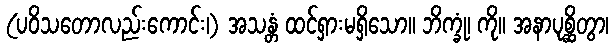
(ပဝိသတောလည်းကောင်း၊) အသန္တံ ထင်ရှားမရှိသော။ ဘိက္ခုံ၊ ကို။ အနာပုစ္ဆိတွာ၊